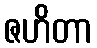
ဇဟိတာ